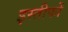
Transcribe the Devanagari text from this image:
इस्तीफों